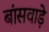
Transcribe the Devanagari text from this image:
बांसवाड़े